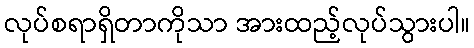
လုပ်စရာရှိတာကိုသာ အားထည့်လုပ်သွားပါ။